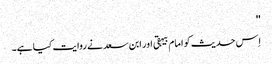
''
اِس حدیث کو امام بیہقی اور ابن سعد نے روایت کیا ہے۔